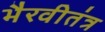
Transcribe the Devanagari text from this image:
भैरवीतंत्र